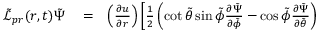
\begin{array} { r l r } { \tilde { \mathcal { L } } _ { p r } ( r , t ) \tilde { \Psi } } & { { } = } & { \left( \frac { \partial u } { \partial r } \right) \left[ \frac { 1 } { 2 } \left( \cot { \tilde { \theta } } \sin { \tilde { \phi } } \frac { \partial \tilde { \Psi } } { \partial \tilde { \phi } } - \cos { \tilde { \phi } } \frac { \partial \tilde { \Psi } } { \partial \tilde { \theta } } \right) \right. } \end{array}